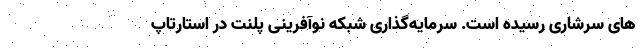
های سرشاری رسیده است. سرمایه‌گذاری شبکه نوآفرینی پلنت در استارتاپ